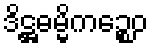
ဒိဋ္ဌဓမ္မိကဉ္စေဝ